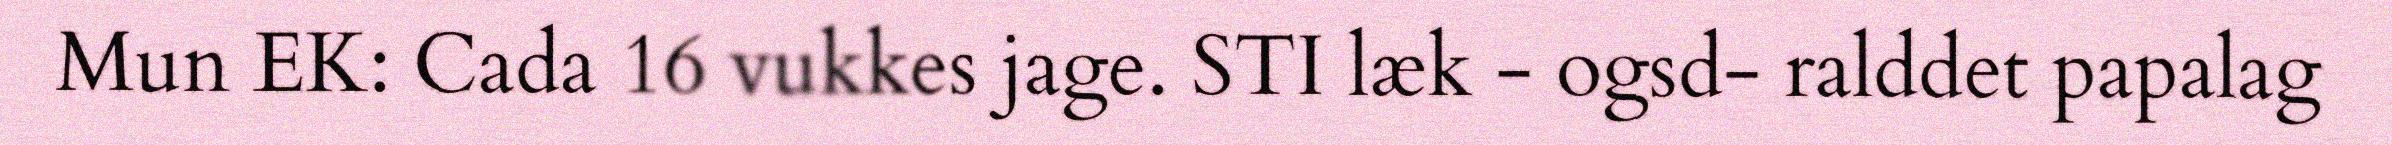
Mun EK: Cada 16 vukkes jage. STI læk - ogsd- ralddet papalag